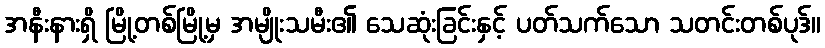
အနီးနားရှိ မြို့တစ်မြို့မှ အမျိုးသမီး၏ သေဆုံးခြင်းနှင့် ပတ်သက်သော သတင်းတစ်ပုဒ်။